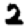
Digit: 2